画像に写った文字を読んでください
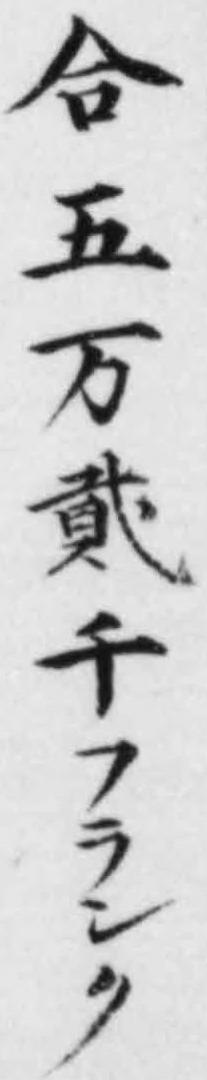
「合五万貳千フランク」と書いてあります